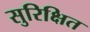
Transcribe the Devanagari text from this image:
सुरिक्षित